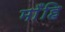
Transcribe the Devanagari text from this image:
माँहि